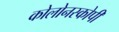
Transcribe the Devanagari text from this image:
कोलोनस्कोपी